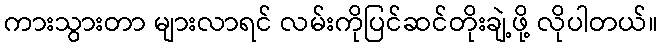
ကားသွားတာ များလာရင် လမ်းကိုပြင်ဆင်တိုးချဲ့ဖို့ လိုပါတယ်။